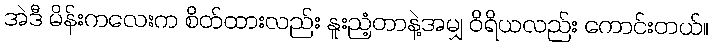
အဲဒီ မိန်းကလေးက စိတ်ထားလည်း နူးညံ့တာနဲ့အမျှ ဝိရိယလည်း ကောင်းတယ်။